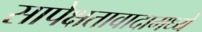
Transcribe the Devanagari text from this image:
सापेक्षतावादामध्ये